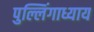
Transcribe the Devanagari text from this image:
पुल्लिंगाध्याय